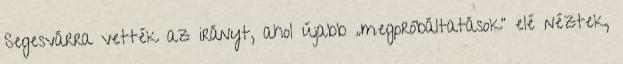
Segesvárra vették az irányt, ahol újabb „megpróbáltatások” elé néztek,